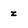
Character: z